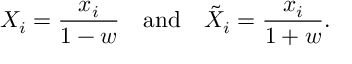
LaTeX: X _ { i } = \frac { x _ { i } } { 1 - w } \mathrm { ~ ~ ~ a n d ~ ~ ~ } { \tilde { X } } _ { i } = \frac { x _ { i } } { 1 + w } .